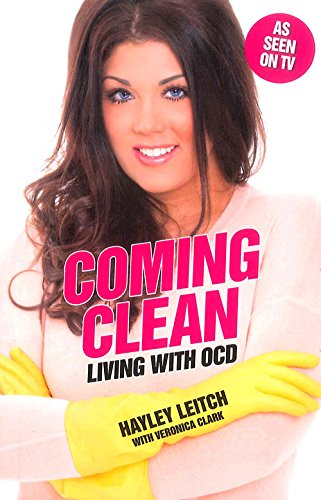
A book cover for Coming Clean: Living with OCD; Hayley Leitch; Health, Fitness & Dieting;